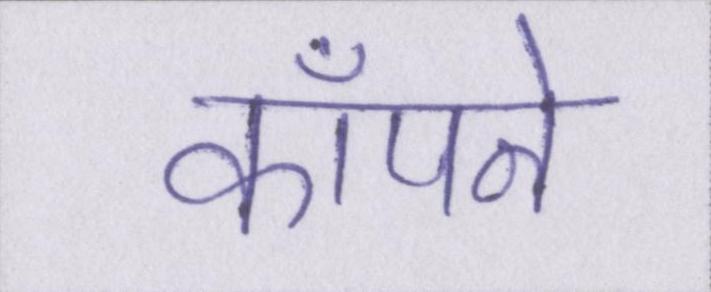
काँपने